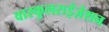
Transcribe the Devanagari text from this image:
वास्कुलराईज़ेशन